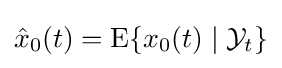
{\hat {x}}_{0}(t)=\operatorname {E} \{x_{0}(t)\mid {\cal {Y}}_{t}\}